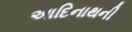
આદિનાથની